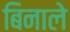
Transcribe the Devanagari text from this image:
बिनाले